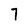
Character: 7